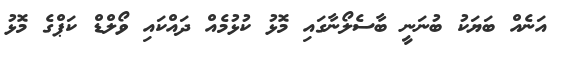
އަނެއް ބަޔަކު ބުނަނީ ބާސެލޯނާގައި މޮޅު ކުޅުމެއް ދައްކައި ވޯލްޑް ކަޕްގެ މޮޅު